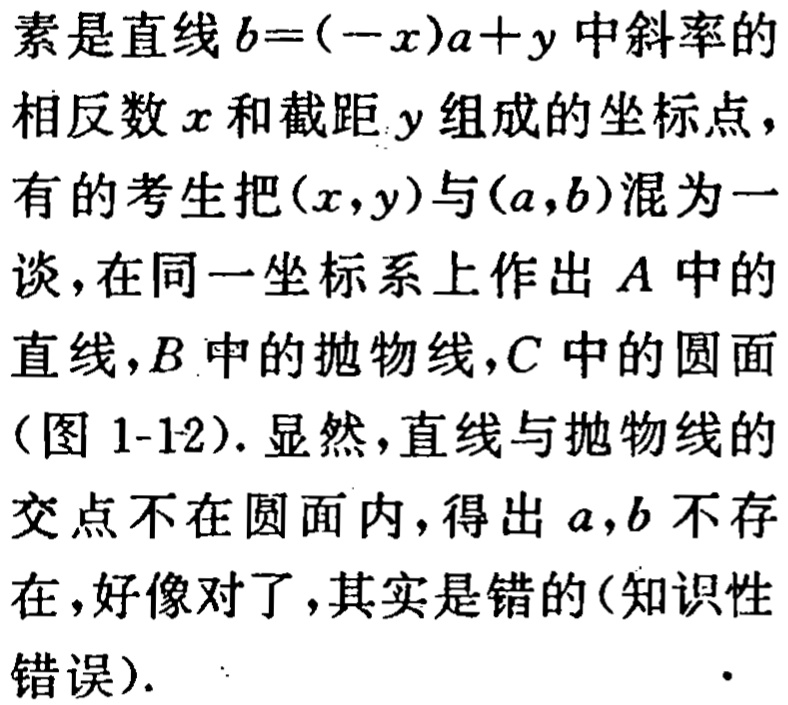
素是直线\(b = (-x)a + y\)中斜率的相反数\(x\)和截距\(y\)组成的坐标点，有的考生把\((x,y)\)与\((a,b)\)混为一谈，在同一坐标系上作出\(A\)中的直线，\(B\)中的抛物线，\(C\)中的圆面（图 1-12）. 显然，直线与抛物线的交点不在圆面内，得出\(a,b\)不存在，好像对了，其实是错的（知识性错误）.